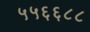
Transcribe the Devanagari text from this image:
५५६६८८